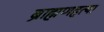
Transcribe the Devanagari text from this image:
ब्राह्मणहत्या